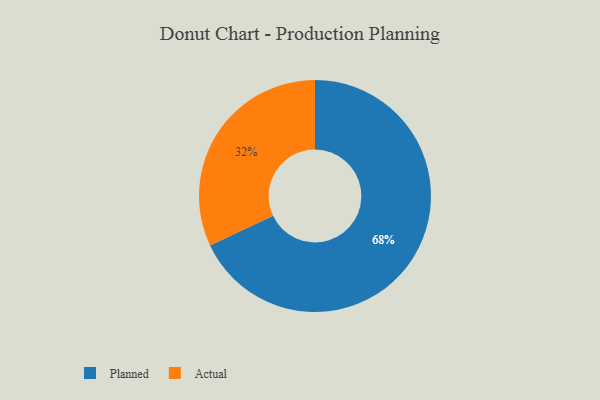
{"axis": {"x": "Category", "y": "Percentage"}, "legend": ["Actual", "Planned"], "data": [{"x": "Planned", "y": 68, "type": "Planned"}, {"x": "Actual", "y": 32, "type": "Actual"}]}